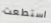
استطعت